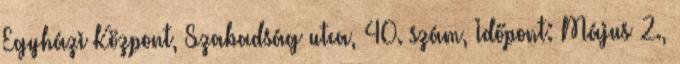
Egyházi Központ, Szabadság utca, 40. szám, Időpont: Május 2.,